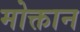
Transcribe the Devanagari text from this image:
मोक्तान